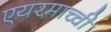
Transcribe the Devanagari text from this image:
एयरमाच्ची